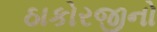
ઠાકોરજીનો